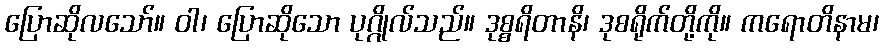
ပြောဆိုလသော်။ ဝါ၊ ပြောဆိုသော ပုဂ္ဂိုလ်သည်။ ဒုစ္စရိတာနိ၊ ဒုစရိုက်တို့ကို။ ကရောတိနာမ၊